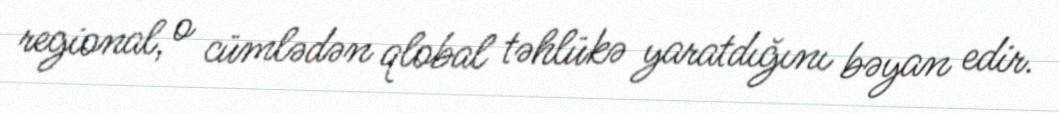
regional, o cümlədən qlobal təhlükə yaratdığını bəyan edir.